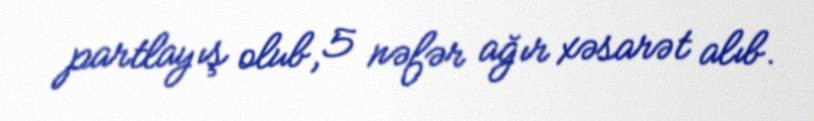
partlayış olub, 5 nəfər ağır xəsarət alıb.